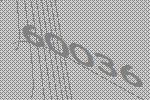
60036